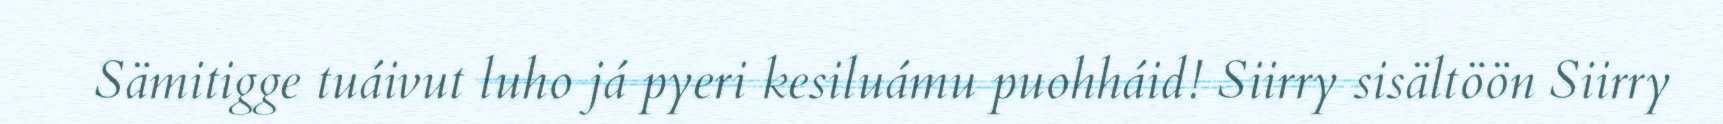
Sämitigge tuáivut luho já pyeri kesiluámu puohháid! Siirry sisältöön Siirry